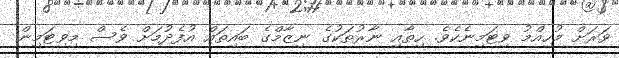
ވަރަށް މުހިއްމު ވިޓަމިނެެކެވެ. ހިތާއި ނާރުތަކުގެ ނިޒާމްގެ ބައިތައް އުފެދުމަށް ވެސް މިވިޓަމިން